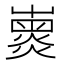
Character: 𡽽